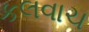
કલવાચ